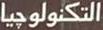
التكنولوجيا